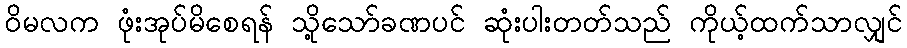
ဝိမလက ဖုံးအုပ်မိစေရန် သို့သော်ခဏပင် ဆုံးပါးတတ်သည် ကိုယ့်ထက်သာလျှင်